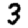
Digit: 3